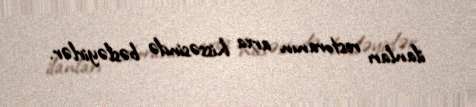
ilanları restoranın arxa hissəsində bəsləyirlər.